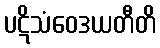
ပဋိသံဝေဒယတီတိ